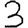
Digit: 3